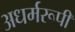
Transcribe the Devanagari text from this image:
अधर्मरूपी